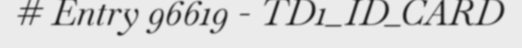
# Entry 96619 - TD1_ID_CARD